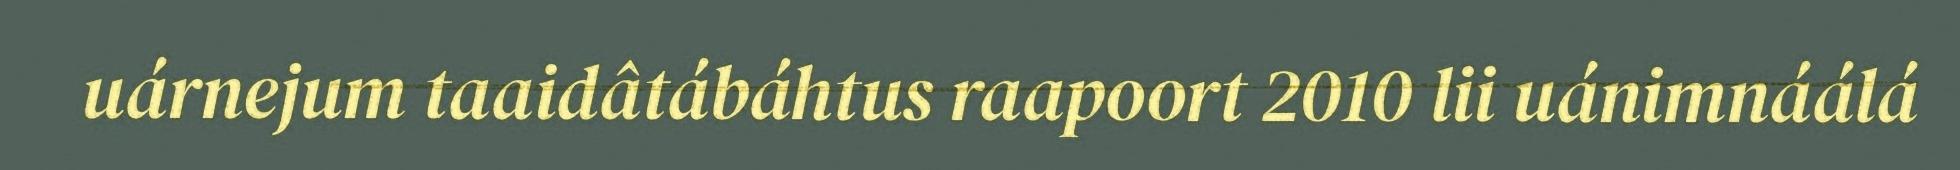
uárnejum taaidâtábáhtus raapoort 2010 lii uánimnáálá